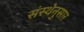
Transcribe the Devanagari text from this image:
संस्थेनुसार